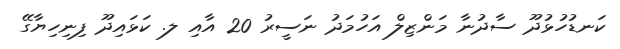
ކަނޑުހުޅުދޫ ސާދުނާ މަންޒިލް އަހުމަދު ނަސީރު 20 އާއި ލ. ކަޅައިދޫ ފިނިހިޔާގޭ